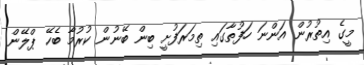
މީގެ އިތުރުން އަންނަ ހަފުތާގައި ތިމަރަފުށީ ބިން ބޭނުން ކުރުމާ ބެހޭ ޕްލޭން